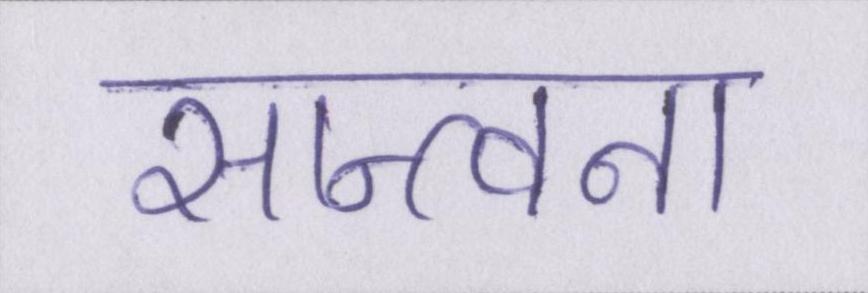
सान्त्वना